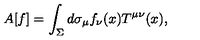
A [ f ] = \int _ { \Sigma } d \sigma _ { \mu } f _ { \nu } ( x ) T ^ { \mu \nu } ( x ) ,